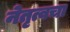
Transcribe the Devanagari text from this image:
नेतृत्वचा